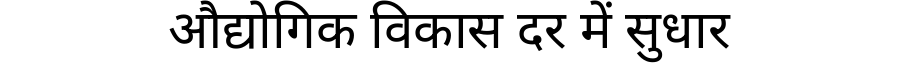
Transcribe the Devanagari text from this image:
औद्योगिक विकास दर में सुधार